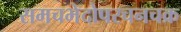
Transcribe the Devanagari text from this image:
समचभेदोपरचनचक्र